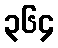
၃၆၄